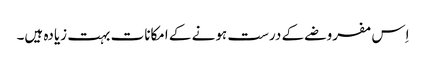
اِس مفروضے کے درست ہونے کے امکانات بہت زیادہ ہیں۔